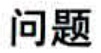
问题